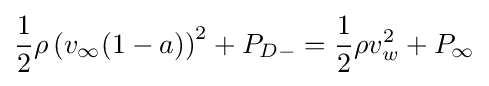
{\frac {1}{2}}\rho \left(v_{\infty }(1-a)\right)^{2}+P_{D-}={\frac {1}{2}}\rho v_{w}^{2}+P_{\infty }